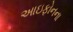
આઇફોનના